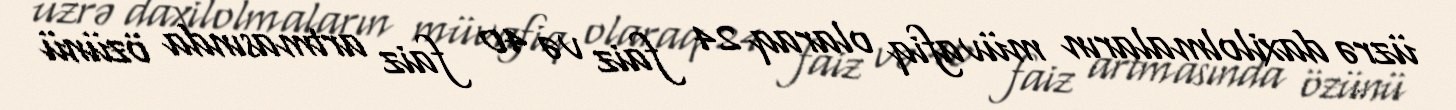
üzrə daxilolmaların müvafiq olaraq 24 faiz və 40 faiz artmasında özünü